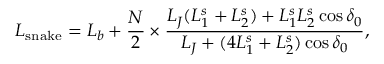
L _ { \mathrm { s n a k e } } = L _ { b } + \frac { N } { 2 } \times \frac { L _ { J } ( L _ { 1 } ^ { s } + L _ { 2 } ^ { s } ) + L _ { 1 } ^ { s } L _ { 2 } ^ { s } \cos \delta _ { 0 } } { L _ { J } + ( 4 L _ { 1 } ^ { s } + L _ { 2 } ^ { s } ) \cos \delta _ { 0 } } ,